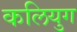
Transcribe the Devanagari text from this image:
कलियुग